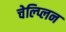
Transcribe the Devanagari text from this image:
चेल्प्लिन